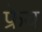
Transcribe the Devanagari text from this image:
फ्रेय